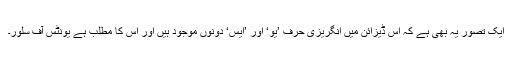
ایک تصور یہ بھی ہے کہ اس ڈیزائن میں انگریزی حرف ’یو‘ اور ’ایس‘ دونوں موجود ہیں اور اس کا مطلب ہے یونٹس آف سلور۔